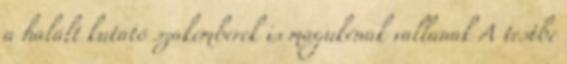
a halált kutató szakemberek is magukénak vallanak A testbe